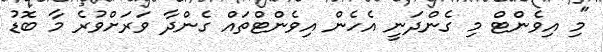
"މި އިވެންޓް މި ގެންދަނީ އެހެން އިވެންޓްތައް ގެންދާ ވަރަށްވުރެ މާ ބޮޑު